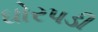
ઘોરપડી